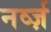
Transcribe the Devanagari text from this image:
नर्व्ज़